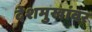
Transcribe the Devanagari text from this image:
देशमुखांवर